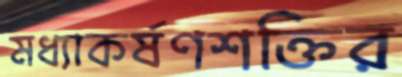
মধ্যাকর্ষণশক্তির